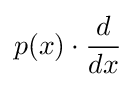
p(x)\cdot {d \over dx}